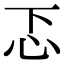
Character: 忑